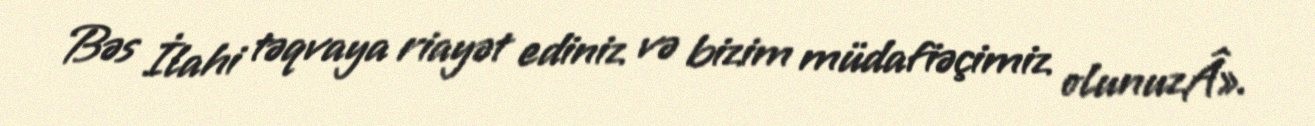
Bəs İlahi təqvaya riayət ediniz və bizim müdafiəçimiz olunuzÂ».